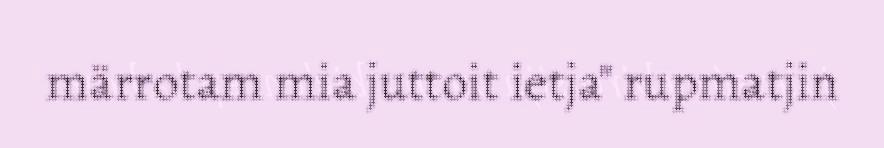
märrotam mia juttoit ietja" rupmatjin